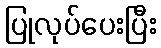
ပြုလုပ်ပေးပြီး